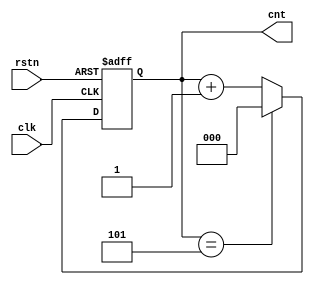
module counter(
    input               clk,
    input               rstn,
    output  reg  [2:0]  cnt
); 

always@(posedge clk, negedge rstn) begin
    if (!rstn) begin
        cnt <= 0;
    end else begin
        if (cnt == 3'b101) begin
            cnt <= 0;
        end else begin
            cnt <= cnt + 1'b1;
        end
    end
end

endmodule